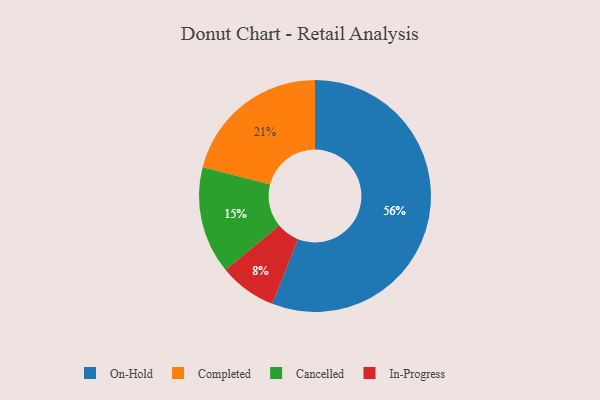
{"axis": {"x": "Category", "y": "Percentage"}, "legend": ["Cancelled", "Completed", "In-Progress", "On-Hold"], "data": [{"x": "Cancelled", "y": 15, "type": "Cancelled"}, {"x": "Completed", "y": 21, "type": "Completed"}, {"x": "On-Hold", "y": 56, "type": "On-Hold"}, {"x": "In-Progress", "y": 8, "type": "In-Progress"}]}